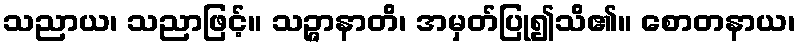
သညာယ၊ သညာဖြင့်။ သဉ္ဇာနာတိ၊ အမှတ်ပြု၍သိ၏။ စောတနာယ၊